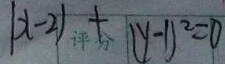
( x - 2 ) + ( y - 1 ) ^ { 2 } = 0